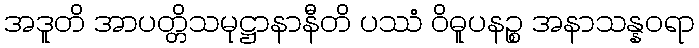
အဒူတိ အာပတ္တိသမုဋ္ဌာနာနီတိ ပဿံ ဝိဓူပနဉ္စ အနာသန္နဝရာ